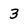
Character: 3